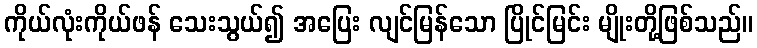
ကိုယ်လုံးကိုယ်ဖန် သေးသွယ်၍ အပြေး လျင်မြန်သော ပြိုင်မြင်း မျိုးတို့ဖြစ်သည်။